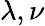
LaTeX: \lambda,\nu